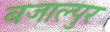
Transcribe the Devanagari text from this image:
बजाल्पुर